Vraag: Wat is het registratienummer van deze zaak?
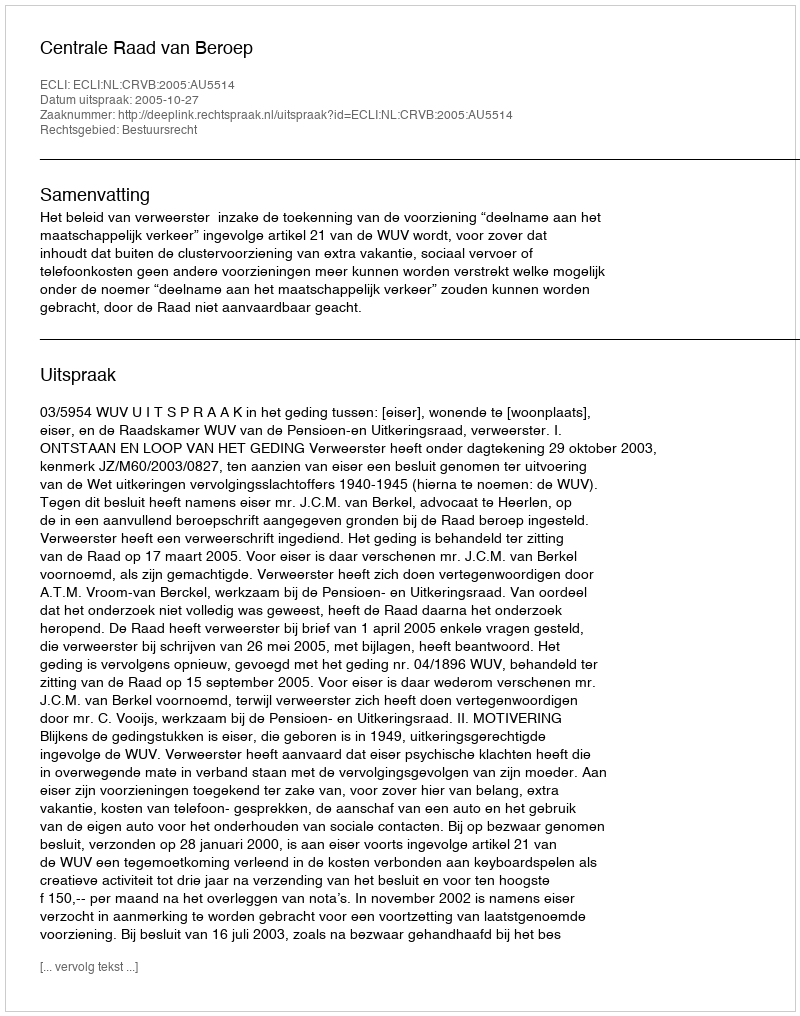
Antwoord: http://deeplink.rechtspraak.nl/uitspraak?id=ECLI:NL:CRVB:2005:AU5514